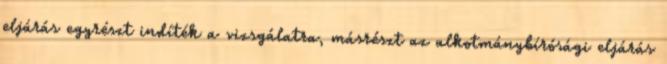
eljárás egyrészt indíték a vizsgálatra, másrészt az alkotmánybírósági eljárás